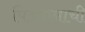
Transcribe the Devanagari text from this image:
पिंडदानाची